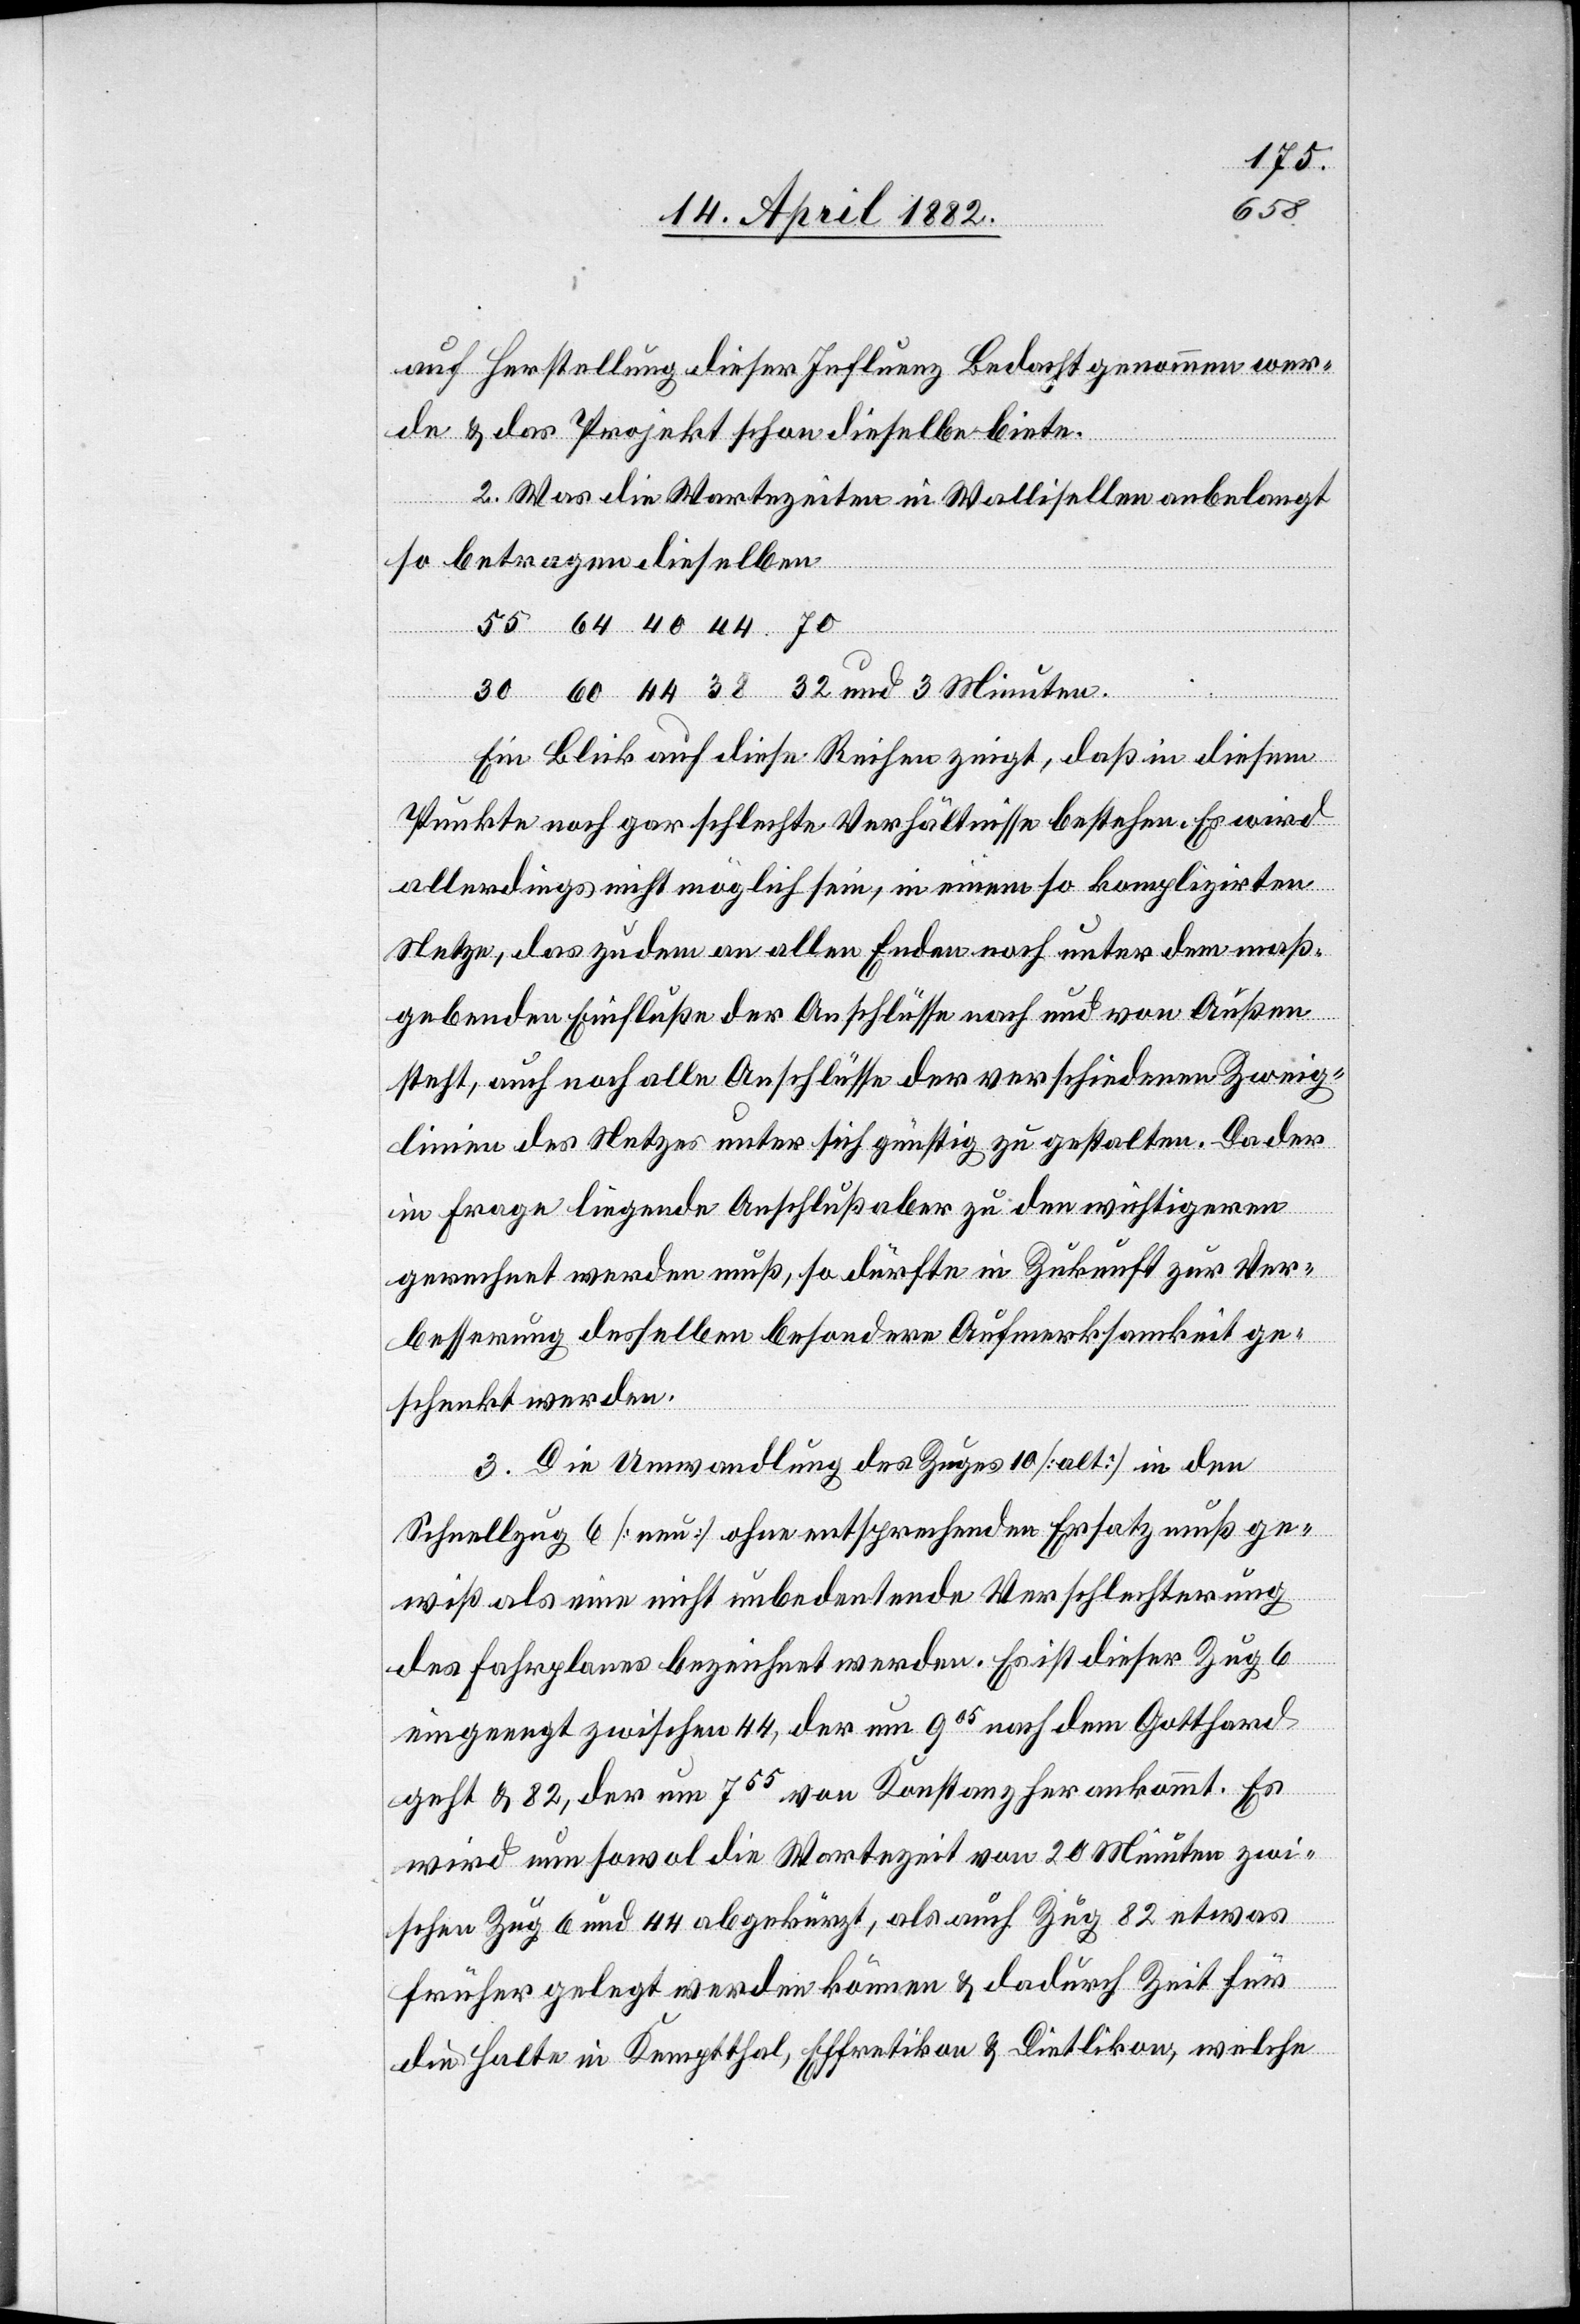
60
auf Herstellung dieser Influenz Bedacht genommen wer¬
de & das Projekt schon dieselbe biete.
2. Was die Wartezeiten in Wallisellen anbelangt
so betragen dieselben
Ein Blick auf diese Reihen zeigt, daß in diesem
Punkte noch gar schlechte Verhältnisse bestehen. Es wird
allerdings nicht möglich sein, in einem so komplizirten
Netze, das zudem an allen Enden noch unter dem maß¬
gebenden Einfluße der Anschlüsse nach und von Außen
steht, auch noch alle Anschlüsse der verschiedenen Zweig¬
linien des Netzes unter sich günstig zu gestalten. Da der
in Frage liegende Anschluß aber zu den wichtigeren
gerechnet werden muß, so dürfte in Zukunft zur Ver¬
besserung desselben besondere Aufmerksamkeit ge¬
schenkt werden.
3. Die Umwandlung des Zuges 10 [alt] in den
Schnellzug 6 [neu] ohne entsprechenden Ersatz muß ge¬
wiß als eine nicht unbedeutende Verschlechterung
des Fahrplanes bezeichnet werden. Es ist dieser Zug 6
eingeengt zwischen 44, der um 905 nach dem Gotthard
geht & 82, der um 755 von Konstanz herankommt. Es
wird nun sowol die Wartezeit von 20 Minuten zwi¬
schen Zug 6 und 44 abgekürzt, als auch Zug 82 etwas
früher gelegt werden können & dadurch Zeit für
die Halte in Kemptthal, Effretikon & Dietlikon, welche